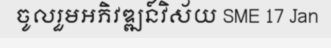
ចូលរួមអភិវឌ្ឍន៍វិស័យ SME 17 Jan